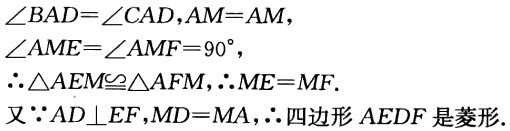
\(\angle BAD=\angle CAD,AM = AM,\)

\(\angle AME=\angle AMF = 90^{\circ},\)

\(\therefore \triangle AEM\cong \triangle AFM,\therefore ME = MF.\)

又\(\because AD\perp EF,MD = MA,\therefore\)四边形\(AEDF\)是菱形.